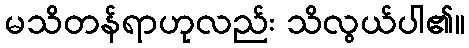
မသိတန်ရာဟုလည်း သိလွယ်ပါ၏။